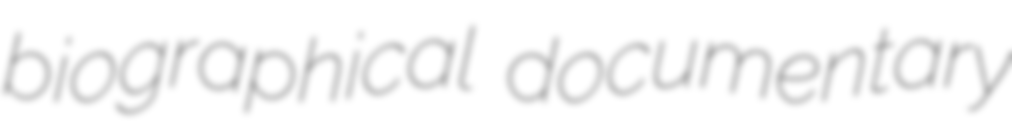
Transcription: biographical documentary